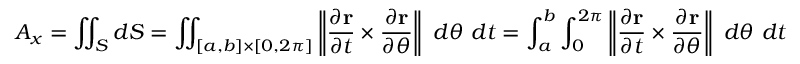
A _ { x } = \iint _ { S } d S = \iint _ { [ a , b ] \times [ 0 , 2 \pi ] } \left\| { \frac { \partial \mathbf { r } } { \partial t } } \times { \frac { \partial \mathbf { r } } { \partial \theta } } \right\| \ d \theta \ d t = \int _ { a } ^ { b } \int _ { 0 } ^ { 2 \pi } \left\| { \frac { \partial \mathbf { r } } { \partial t } } \times { \frac { \partial \mathbf { r } } { \partial \theta } } \right\| \ d \theta \ d t